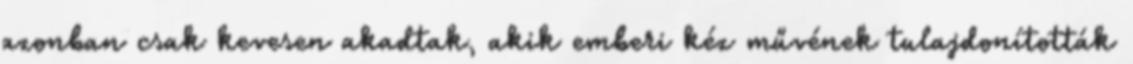
azonban csak kevesen akadtak, akik emberi kéz művének tulajdonították